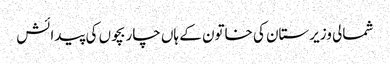
شمالی وزیرستان کی خاتون کے ہاں چار بچوں کی پیدائش